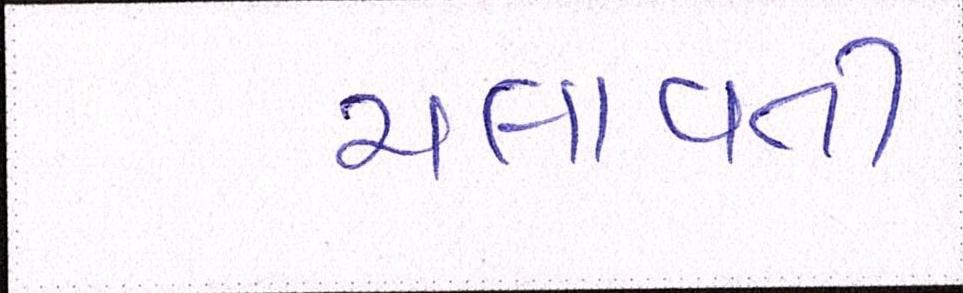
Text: ચલાવતી